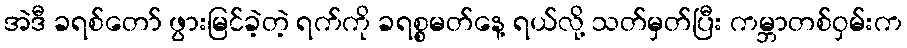
အဲဒီ ခရစ်တော် ဖွားမြင်ခဲ့တဲ့ ရက်ကို ခရစ္စမတ်နေ့ ရယ်လို့ သတ်မှတ်ပြီး ကမ္ဘာတစ်ဝှမ်းက